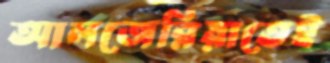
আলজেরিয়াতেই